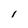
Character: l